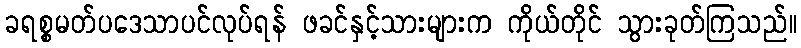
ခရစ္စမတ်ပဒေသာပင်လုပ်ရန် ဖခင်နှင့်သားများက ကိုယ်တိုင် သွားခုတ်ကြသည်။